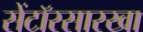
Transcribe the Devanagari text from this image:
सेंटॉरसारखा